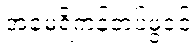
အမေရိကန်တပ်ဖွဲ့ဝင်